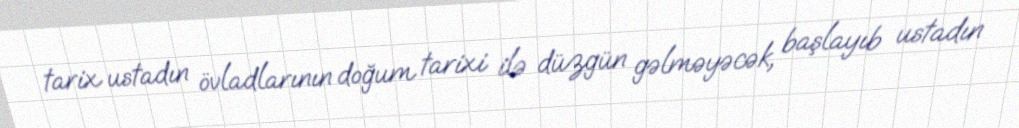
tarix ustadın övladlarının doğum tarixi ilə düzgün gəlməyəcək, başlayıb ustadın